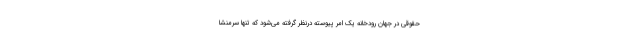
حقوقی در جهان رودخانه یک امر ‌پیوسته درنظر گرفته می‌شود که تنها سرمنشا